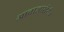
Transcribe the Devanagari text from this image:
आवाजाखेरीज